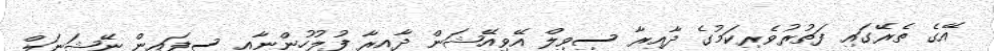
އޭގެ ތެރޭގައި ފަތުރުވެރިކަމުގެ ދާއިރާ ސިވިލް އޭވިއޭޝަން ދާއިރާ ފުލުހުންނާއި ސިފައިން ނޭޝަނަލް